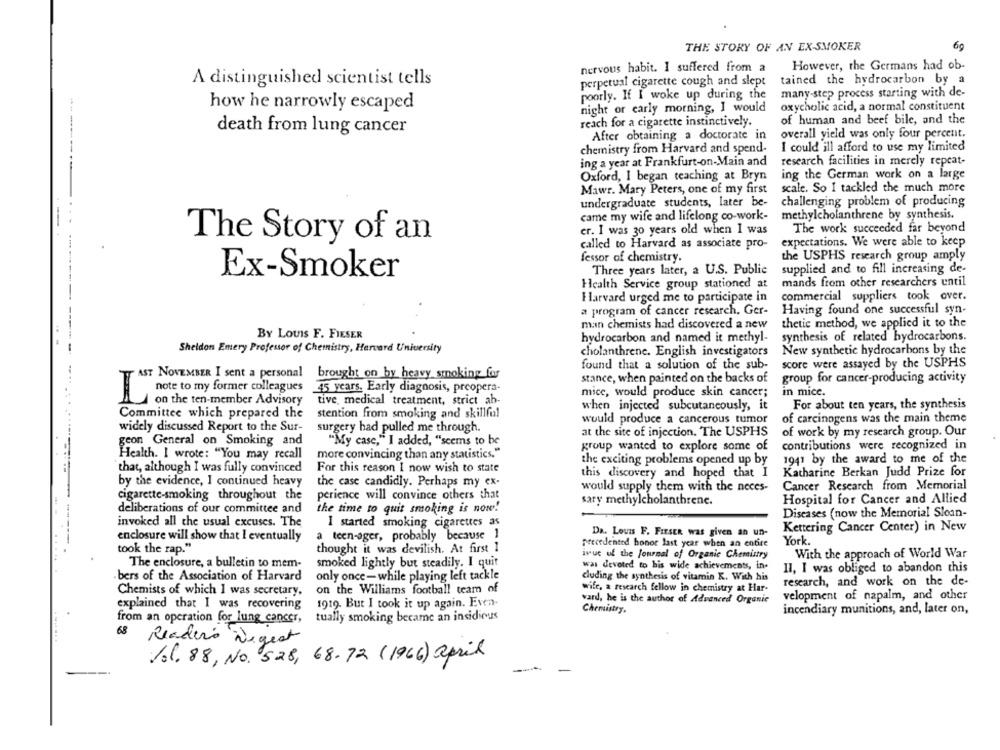
60
THE STORY OF AN EX-SMOKER
nervous habit. I suffered from a
However, the Germans had ob-
A distinguished scientist tells
perpetual cigarette cough and slept
tained the hydrocarbon by a
poorly. If I woke up during the
many-step process starting with de-
how he narrowly escaped
night or early morning, I would
oxycholic acid, a normal constituent
of human and beef bile, and the
reach for a cigarette instinctively.
death from lung cancer
After obtaining a doctorate in
overall yield was only four percent.
-----
chemistry from Harvard and spend-
I could ill afford to use my limited
ing a year at Frankfurt-on-Main and
research facilities in merely repeat-
Oxford, I began teaching at Bryn
ing the German work on a large
scale. So I tackled the much more
Mawr. Mary Peters, one of my first
undergraduate students, later be-
challenging problem of producing
came my wife and lifelong co-work-
methylcholanthrene by synthesis.
--
....
er. I was 30 years old when I was
The work succeeded far beyond
The Story of an
called to Harvard as associate pro-
expectations. We were able to keep
fessor of chemistry.
the USPHS research group amply
Three years later, a U.S. Public
supplied and to fill increasing de-
Ex-Smoker
Health Service group stationed at
mands from other researchers until
-----
Harvard urged me to participate in
commercial suppliers took over.
a program of cancer research. Ger-
Having found one successful syn-
thetic method, we applied it to the
man chemists had discovered a new
----
BY LOUIS F. FIESER
hydrocarbon and named it methyl-
synthesis of related hydrocarbons.
Sheldon Emery Professor of Chemistry, Harvard University
cholanthrene. English investigators
New synthetic hydrocarbons by the
found that a solution of the sub-
score were assayed by the USPHS
AST NOVEMBER I sent a personal brought on by heavy smoking for
stance, when painted on the backs of
group for cancer-producing activity
note to my former colleagues
45 years. Early diagnosis, preopera-
mice, would produce skin cancer;
in mice.
L
I on the ten-member Advisory
tive, medical treatment, strict ab-
For about ten years, the synthesis
when injected subcutaneously, it
Committee which prepared the
stention from smoking and skillful
would produce a cancerous tumor
of carcinogens was the main theme
widely discussed Report to the Sur-
surgery had pulled me through.
at the site of injection. The USPHS
of work by my research group. Our
geon General on Smoking and
"My case," I added, "seems to be
group wanted to explore some of
contributions were recognized in
Health. I wrote: "You may recall
more convincing than any statistics."
the exciting problems opened up by
1941 by the award to me of the
that, although I was fully convinced
For this reason I now wish to state
Katharine Berkan Judd Prize for
this discovery and hoped that I
by the evidence, I continued heavy
the case candidly. Perhaps my ex-
would supply them with the neces-
Cancer Research from Memorial
cigarette-smoking throughout the
perience will convince others that
sary methylcholanthrene.
Hospital for Cancer and Allied
deliberations of our committee and
the time to quit smoking is now!
Diseases (now the Memorial Sloan-
invoked all the usual excuses. The
I started smoking cigarettes as
Da. Louis F. FIESER was given an un-
Kettering Cancer Center) in New
enclosure will show that I eventually
a teen-ager, probably because 1
York.
precedented honor last year when an entire
took the rap."
thought it was devilish. At first 1
issue of the Journal of Organic Chemistry
With the approach of World War
The enclosure, a bulletin to mem-
smoked lightly but steadily. I quit
was devoted to bis wide achievements, in-
Il, I was obliged to abandon this
bers of the Association of Harvard
only once- while playing left tackle
cluding the synthesis of vitamin K. With his
research, and work on the de-
Chemists of which I was secretary,
on the Williams football team of
wife, a research fellow in chemistry at Har-
ward, he is the author of Advanced Organic
velopment of napalm, and other
explained that I was recovering
1919. But I took it up again. Even-
Chemistry.
incendiary munitions, and, later on,
from an operation for lung cancer,
tually smoking became an insidious
Reader's Digest
1. 88, No. 528, 68-72 (1966) april
-